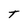
Character: T